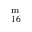
^ { \mathrm { m } } _ { 1 6 }